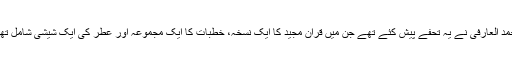
محمد العارفی نے یہ تحفے پیش کئے تھے جن میں قرآن مجید کا ایک نسخہ، خطبات کا ایک مجموعہ اور عطر کی ایک شیشی شامل تھی۔